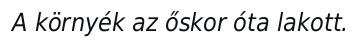
A környék az őskor óta lakott.